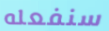
سنفعله